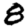
Digit: 8